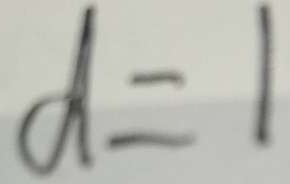
d = 1